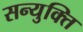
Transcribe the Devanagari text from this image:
सन्युक्ति